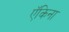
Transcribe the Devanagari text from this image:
ऍकिना